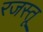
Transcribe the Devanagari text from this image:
रजस्तू